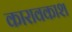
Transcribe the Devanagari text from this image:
कारावकाश